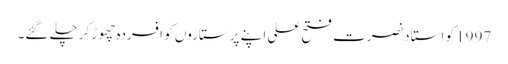
1997 کو استاد نصرت فتح علی اپنے پرستاروں کو افسردہ چھوڑ کر چلے گئے۔